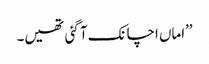
’’اماں اچانک آ گئی تھیں۔